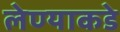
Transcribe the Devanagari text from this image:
लेण्याकडे